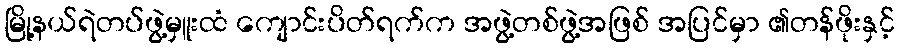
မြို့နယ်ရဲတပ်ဖွဲ့မှူးထံ ကျောင်းပိတ်ရက်က အဖွဲ့တစ်ဖွဲ့အဖြစ် အပြင်မှာ ၏တန်ဖိုးနှင့်